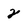
Character: 2